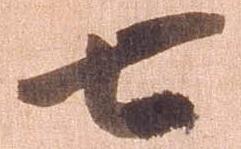
七